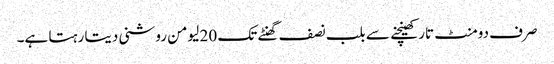
صرف دومنٹ تار کھینچنے سے بلب نصف گھنٹے تک 20 لیومن روشنی دیتا رہتا ہے۔